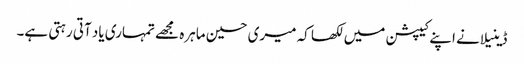
ڈینیلا نے اپنے کیپشن میں لکھا کہ میری حسین ماہرہ مجھے تمہاری یاد آتی رہتی ہے۔